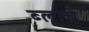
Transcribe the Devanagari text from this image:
ब्लाचें